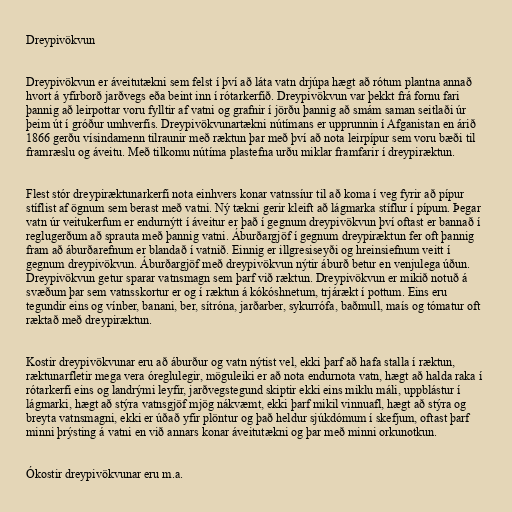
Dreypivökvun

Dreypivökvun er áveitutækni sem felst í því að láta vatn drjúpa hægt að rótum plantna annað
hvort á yfirborð jarðvegs eða beint inn í rótarkerfið. Dreypivökvun var þekkt frá fornu fari
þannig að leirpottar voru fylltir af vatni og grafnir í jörðu þannig að smám saman seitlaði úr
þeim út í gróður umhverfis. Dreypivökvunartækni nútímans er upprunnin í Afganistan en árið
1866 gerðu vísindamenn tilraunir með ræktun þar með því að nota leirpípur sem voru bæði til
framræslu og áveitu. Með tilkomu nútíma plastefna urðu miklar framfarir í dreypiræktun.

Flest stór dreypiræktunarkerfi nota einhvers konar vatnssíur til að koma í veg fyrir að pípur
stíflist af ögnum sem berast með vatni. Ný tækni gerir kleift að lágmarka stíflur í pípum. Þegar
vatn úr veitukerfum er endurnýtt í áveitur er það í gegnum dreypivökvun því oftast er bannað í
reglugerðum að sprauta með þannig vatni. Áburðargjöf í gegnum dreypiræktun fer oft þannig
fram að áburðarefnum er blandað í vatnið. Einnig er illgresiseyði og hreinsiefnum veitt í
gegnum dreypivökvun. Áburðargjöf með dreypivökvun nýtir áburð betur en venjulega úðun.
Dreypivökvun getur sparar vatnsmagn sem þarf við ræktun. Dreypivökvun er mikið notuð á
svæðum þar sem vatnsskortur er og í ræktun á kókóshnetum, trjárækt í pottum. Eins eru
tegundir eins og vínber, banani, ber, sítróna, jarðarber, sykurrófa, baðmull, maís og tómatur oft
ræktað með dreypiræktun.

Kostir dreypivökvunar eru að áburður og vatn nýtist vel, ekki þarf að hafa stalla í ræktun,
ræktunarfletir mega vera óreglulegir, möguleiki er að nota endurnota vatn, hægt að halda raka í
rótarkerfi eins og landrými leyfir, jarðvegstegund skiptir ekki eins miklu máli, uppblástur í
lágmarki, hægt að stýra vatnsgjöf mjög nákvæmt, ekki þarf mikil vinnuafl, hægt að stýra og
breyta vatnsmagni, ekki er úðað yfir plöntur og það heldur sjúkdómum í skefjum, oftast þarf
minni þrýsting á vatni en við annars konar áveitutækni og þar með minni orkunotkun.

Ókostir dreypivökvunar eru m.a.